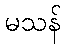
မသန်